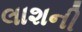
લાશની